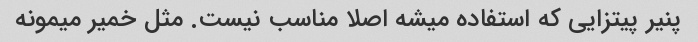
پنیر پیتزایی که استفاده میشه اصلا مناسب نیست. مثل خمیر میمونه